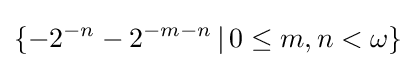
\{-2^{-n}-2^{-m-n}\,|\,0\leq m,n<\omega \}